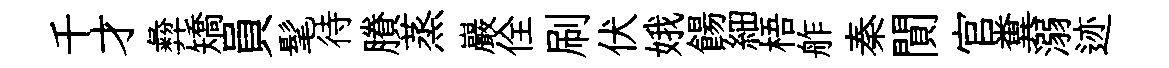
千才彜矯員髦待賸蒸巖佺刷伏娥餳細梧舴秦閴官糞溺迹